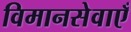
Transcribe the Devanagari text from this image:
विमानसेवाएँ